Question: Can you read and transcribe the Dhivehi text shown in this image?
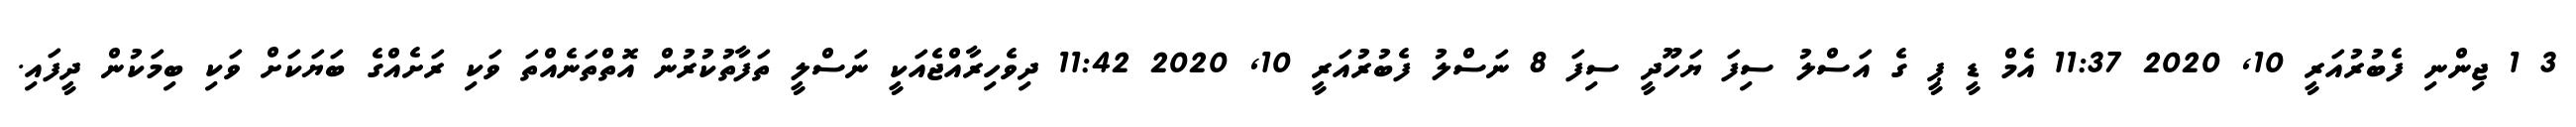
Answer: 3 1 ޖިންނި ފެބުރުއަރީ 10, 2020 11:37 އެމް ޑީ ޕީ ގެ އަސްލު ސިފަ ޔަހޫދީ ސިފަ 8 ނަސްލު ފެބުރުއަރީ 10, 2020 11:42 ދިވެހިރާއްޖެއަކީ ނަސްލީ ތަފާތުކުރުން އޮތްތަނެއްތަ ވަކި ރަށެއްގެ ބަޔަކަށް ވަކި ބިމަކުން ދީފައި.